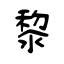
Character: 黎